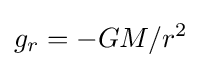
g_{r}=-GM/r^{2}